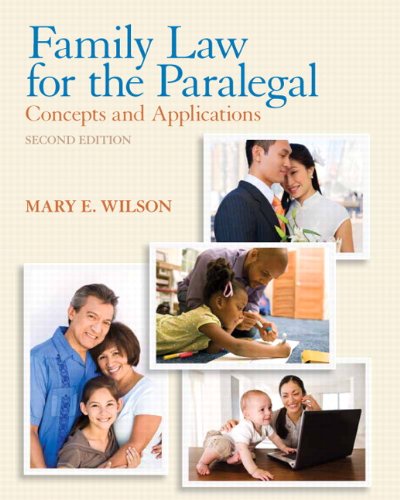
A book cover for Family Law for the Paralegal: Concepts and Applications (2nd Edition); Mary E. Wilson; Law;